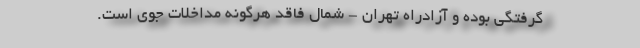
‌گرفتگی بوده و آزادراه تهران - شمال فاقد هرگونه مداخلات جوی است.